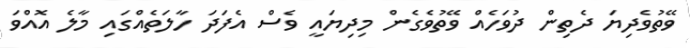
ވޭތުވެދިޔަ ދެތިން ދުވަހެއް ވޭތުވެގެން މިދިޔައީ ވެސް އެފަދަ ހާލަތެއްގައި މާލެ އޮއްވަ